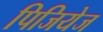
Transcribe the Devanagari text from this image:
पिजियेज